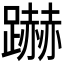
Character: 𮜜